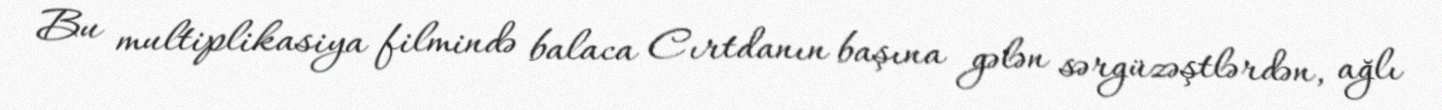
Bu multiplikasiya filmində balaca Cırtdanın başına gələn sərgüzəştlərdən, ağlı